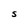
Character: S